Annual administration and progress report of the Indian Medical Department, Bombay
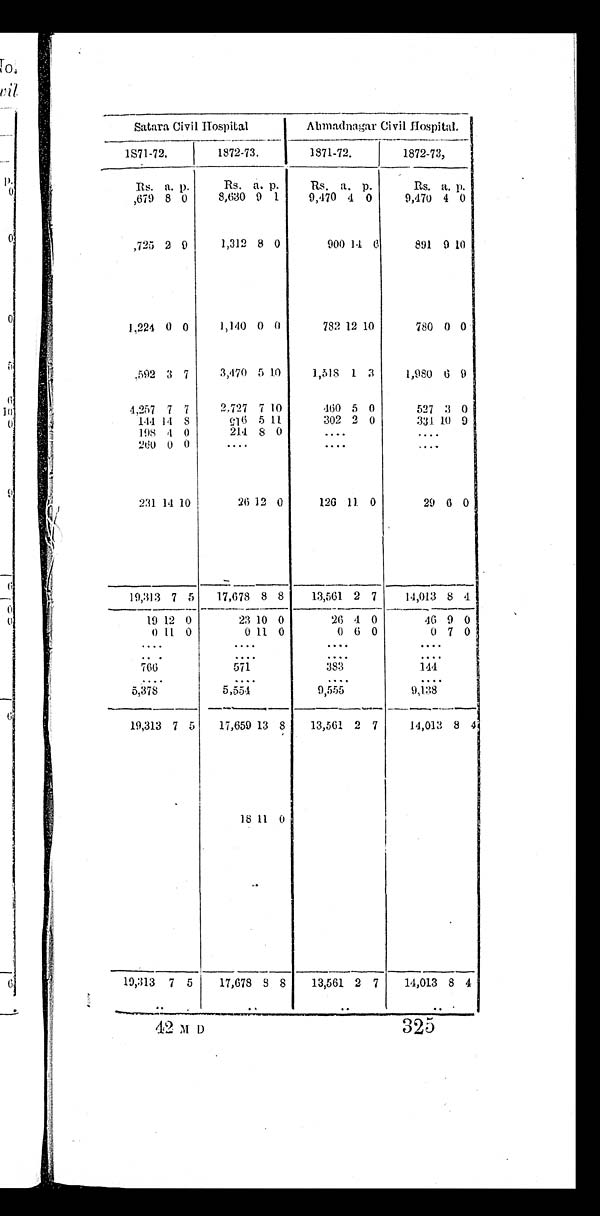
Satara Civil Hospital
Almadnagar Civil Hospital.
1871-72.
1872-73.
1871-72.
1 8 7 2 - 7 3 ,
R s . a. p.
Rs. a. p.
Rs. a. p.
Rs. a.
p .
,679 8 0
8,630 9 1
9,470 4 0
9,470 4 0
,725 2 9
1,312 8 0
900 14 6
891
9
1 0
1,224
0 0
1,140
0 0
782 12 10
780 0 0
,592 3 7
3,470 5 10
1,518 1 3
1,980 6 9
4 ,257 7 7
2,727 7 10
460 5 0
527 3
0
1 4 4 1 4 8
5 1 6 5 11
302 2 0
331 10 9
198 4 0
214 8 0
. . .
. . .
2 6 0 0 0
. . .
. . .
. . .
231 14 10
26
1 2 0
126 11 0
29 6
0
19,313 7 5
17,678 8 8
13,561 2 7
14,013 8 4
19 12 0
23 10
0
26 4 0
46 9 0
0 11 0
0 11 0
0 6 0
0
7
0
. . .
. . .
. . .
. . .
. . .
. . .
. . .
. . .
766
571
3 8 3
144
. . .
. . .
. . .
. . .
5,378
5 , 5 5 4
9,555
9,138
19,313 7 5
17,659 13 8
13,561 2 7
14,013 8 4
1 8 11 0
19,313 7 5
17,678 8 8
13,561 2 7
14,013 8 4
. . .
. . .
. . .
. . .
42 M D
325